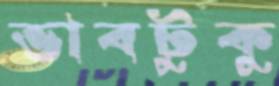
ভাবটুকু